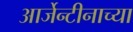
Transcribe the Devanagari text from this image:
आर्जेन्टीनाच्या